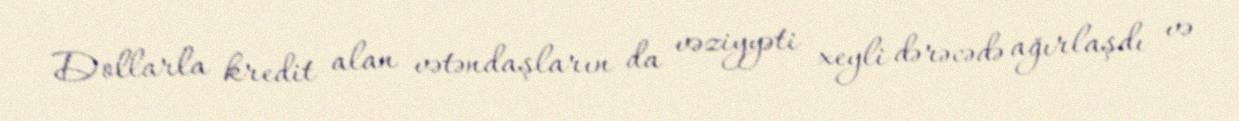
Dollarla kredit alan vətəndaşların da vəziyyəti xeyli dərəcədə ağırlaşdı və